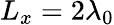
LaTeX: L_{x}=2\lambda_{0}